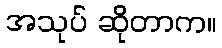
အသုပ် ဆိုတာက။